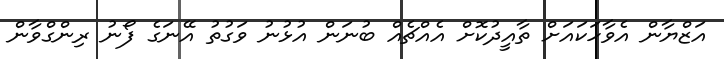
އަޒްޔާން އެވާހަކައަށް ތާއީދުކޮށް އެއްޗެއް ބުނަން އުޅުނު ވަގުތު އޭނަގެ ފޯނު ރިންގްވާން